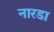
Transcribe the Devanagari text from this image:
नारडा